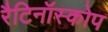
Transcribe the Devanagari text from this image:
रैटिनॉस्कोप